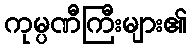
ကုမ္ပဏီကြီးများ၏